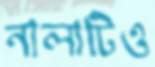
নালাটিও